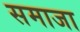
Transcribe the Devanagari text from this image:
समाजा